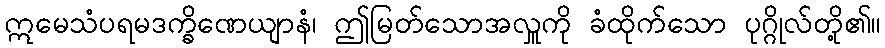
ဣမေသံပရမဒက္ခိဏေယျာနံ၊ ဤမြတ်သောအလှူကို ခံထိုက်သော ပုဂ္ဂိုလ်တို့၏။